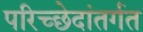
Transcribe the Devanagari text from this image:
परिच्छेदांतर्गत